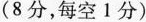
(8分，每空1分)